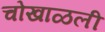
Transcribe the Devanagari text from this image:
चोखाळली